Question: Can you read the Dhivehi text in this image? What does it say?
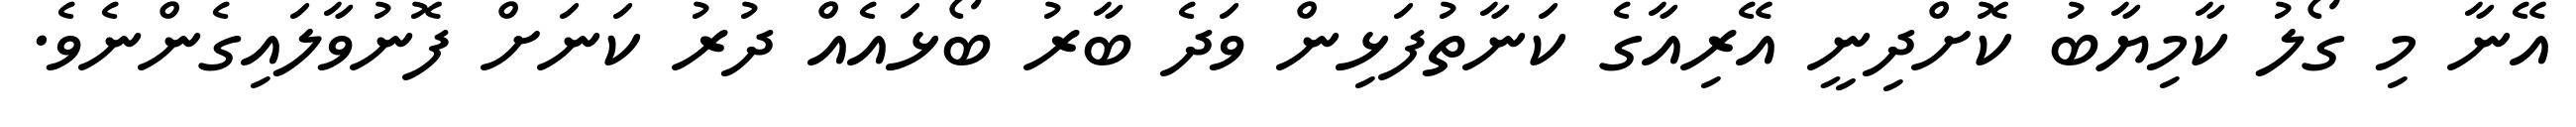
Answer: އޭނާ މި ގޯލު ކާމިޔާބު ކޮށްދިނީ އޭރިއާގެ ކަނާތުފަޅިން ވަދެ ބާރު ބޯޅައެއް ދުރު ކަނަށް ފޮނުވާލައިގެންނެވެ.